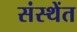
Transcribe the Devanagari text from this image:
संस्थेंत